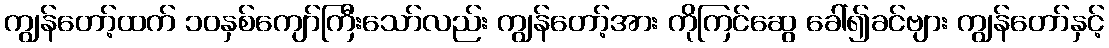
ကျွန်တော့်ထက် ၁၀နှစ်ကျော်ကြီးသော်လည်း ကျွန်တော့်အား ကိုကြင်ဆွေ ခေါ်၍ခင်ဗျား ကျွန်တော်နှင့်